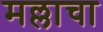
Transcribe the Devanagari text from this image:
मल्लाचा